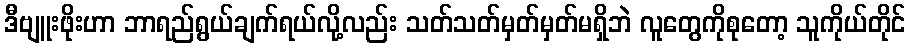
ဒီဗျူးဖိုးဟာ ဘာရည်ရွယ်ချက်ရယ်လို့လည်း သတ်သတ်မှတ်မှတ်မရှိဘဲ လူတွေကိုစုတော့ သူကိုယ်တိုင်